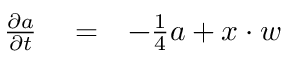
\begin{array} { r l r } { \frac { \partial a } { \partial t } } & { { } = } & { - \frac { 1 } { 4 } a + x \cdot w } \end{array}